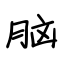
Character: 脑